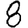
Digit: 8